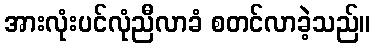
အားလုံးပင်လုံညီလာခံ စတင်လာခဲ့သည်။